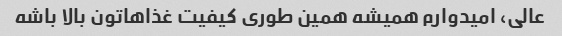
عالی، امیدوارم همیشه همین طوری کیفیت غذاهاتون بالا باشه